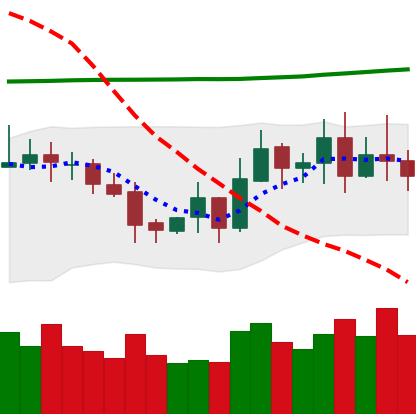
Ticker: EOS-USD
Chart end date: 2020-10-29
Forward return: -10.156%
Label: down_7plus